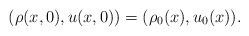
LaTeX: \begin{align*}(\rho(x,0),u(x,0))=(\rho_0(x),u_0(x)).\end{align*}